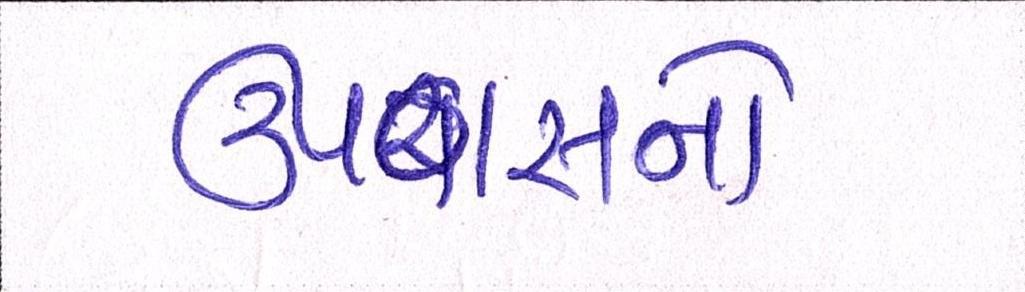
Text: ઉપવાસનો